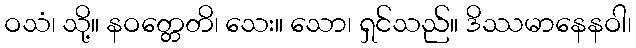
ဝသံ၊ သို့။ နဝတ္တေတိ၊ သေး။ သော၊ ရှင်သည်။ ဒိဿမာနေနဝါ၊